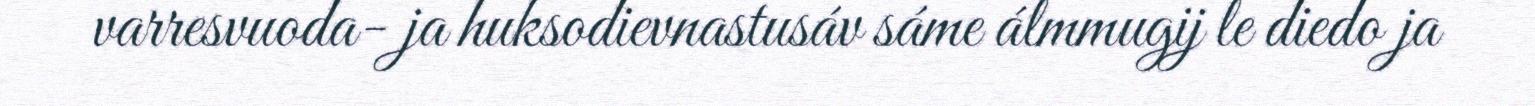
varresvuoda- ja huksodievnastusáv sáme álmmugij le diedo ja